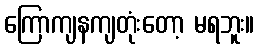
ကြောကျနကျတုံးတော့ မရဘူး။